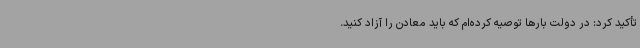
تأکید کرد: در دولت بارها توصیه کرده‌ام که باید معادن را آزاد کنید.